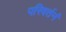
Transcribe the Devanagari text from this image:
परिवर्तनं